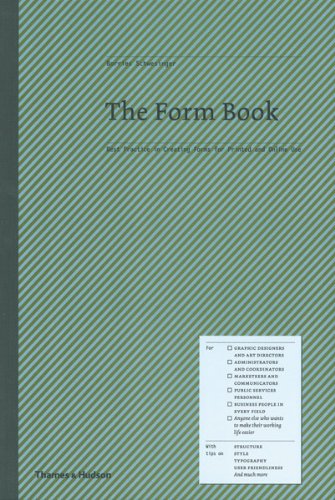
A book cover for The Form Book: Creating Forms for Printed and Online Use; Borries Schwesinger; Business & Money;